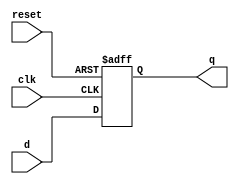
`timescale 1ns / 1ps
//////////////////////////////////////////////////////////////////////////////////
// Company: 
// Engineer: 
// 
// Design Name: 
// Module Name: dff
// Project Name: 
// Target Devices: 
// Tool Versions: 
// Description: 
// 
// Dependencies: 
// 
// Revision:
// Revision 0.01 - File Created
// Additional Comments:
// 
//////////////////////////////////////////////////////////////////////////////////


module dff(
input d,
input clk,
input reset,
output reg q
    );
    
    always@(posedge clk or posedge reset)
    begin
    if(reset) q<=1'b1;
    else q<=d;
    end
    
endmodule